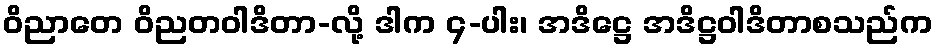
ဝိညာတေ ဝိညတဝါဒိတာ-လို့ ဒါက ၄-ပါး၊ အဒိဋ္ဌေ အဒိဋ္ဌဝါဒိတာစသည်က